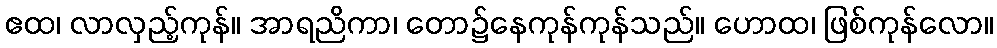
ဧထ၊ လာလှည့်ကုန်။ အာရညိကာ၊ တော၌နေကုန်ကုန်သည်။ ဟောထ၊ ဖြစ်ကုန်လော။